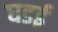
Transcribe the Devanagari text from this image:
घडई